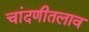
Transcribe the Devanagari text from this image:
चांदणीतलाव